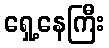
ရှေ့နေကြီး